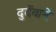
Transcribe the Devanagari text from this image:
दुर्देवाने